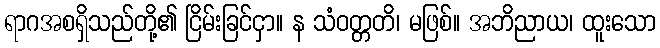
ရာဂအစရှိသည်တို့၏ ငြိမ်းခြင်ငှာ။ န သံဝတ္တတိ၊ မဖြစ်။ အဘိညာယ၊ ထူးသော